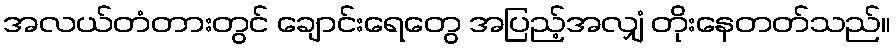
အလယ်တံတားတွင် ချောင်းရေတွေ အပြည့်အလျှံ တိုးနေတတ်သည်။